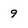
Character: 9